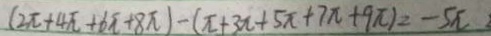
( 2 \pi + 4 \pi + 6 \pi + 8 \pi ) - ( \pi + 3 \pi + 5 \pi + 7 \pi + 9 \pi ) = - 5 \pi